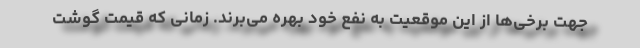
جهت برخی‌ها از این موقعیت به نفع خود بهره می‌برند. زمانی که قیمت گوشت